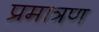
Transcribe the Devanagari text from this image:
प्रमात्रण